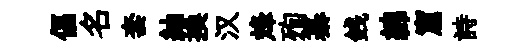
偪名套紬換汉烽殉纂銭綿窟詩